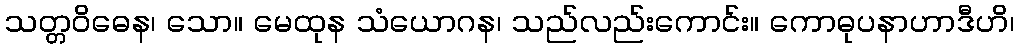
သတ္တဝိဓေန၊ သော။ မေထုန သံယောဂန၊ သည်လည်းကောင်း။ ကောဓုပနာဟာဒီဟိ၊